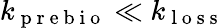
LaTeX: k_{\mathrm{~p~r~e~b~i~o~}}\ll k_{\mathrm{~l~o~s~s~}}